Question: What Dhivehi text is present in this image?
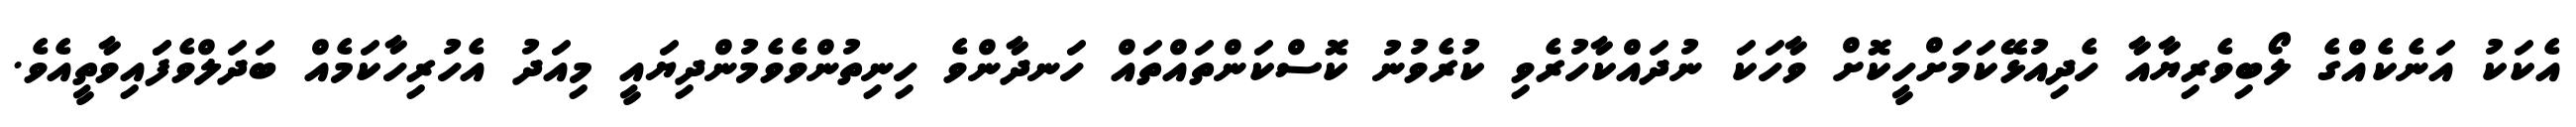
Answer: އެކަކު އަނެކެއްގެ ލޯބިވެރިޔާއާ ހެދިއުޅޭކަމަށްހީކޮށް ވާހަކަ ނުދައްކާހުރެވި ކުރެވުނު ކޮސްކަންތައްތައް ހަނދާންވެ ހިނިތުންވެވެމުންދިޔައީ މިއަދު އެހުރިހާކަމެއް ބަދަލްވެފަައިވާތީއެވެ.